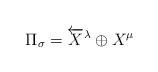
LaTeX: \begin{align*} \Pi_\sigma = \overleftarrow{X}^\lambda \oplus X^\mu \end{align*}